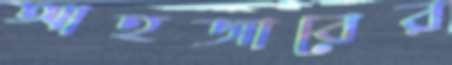
আহজাবের